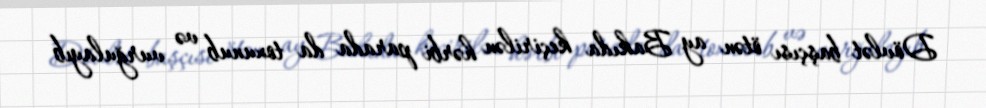
Dövlət başçısı ötən ay Bakıda keçirilən hərbi parada da toxunub və vurğulayıb